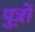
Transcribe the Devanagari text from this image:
पु़त्रों